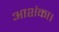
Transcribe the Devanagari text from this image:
आशंका।